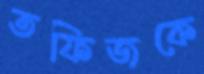
তফিজকে